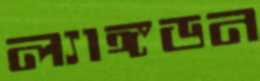
ল্যাঙ্গডন